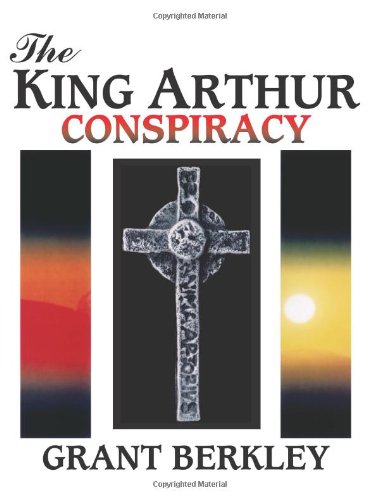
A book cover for The King Arthur Conspiracy; Grant Berkley; Science & Math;